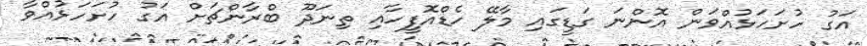
އަގު ހުށަހަޅުއްވަން އޮންނަ ގަޑީގައި މާލޭ ހެޑްއޮފީހާއި ތިނަދޫ ބްރާންޗަށް އަގު ހުށަހަޅުއްވާ